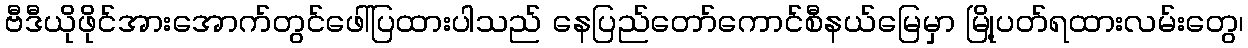
ဗီဒီယိုဖိုင်အားအောက်တွင်ဖေါ်ပြထားပါသည် နေပြည်တော်ကောင်စီနယ်မြေမှာ မြို့ပတ်ရထားလမ်းတွေ၊